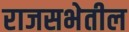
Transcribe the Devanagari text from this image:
राजसभेतील